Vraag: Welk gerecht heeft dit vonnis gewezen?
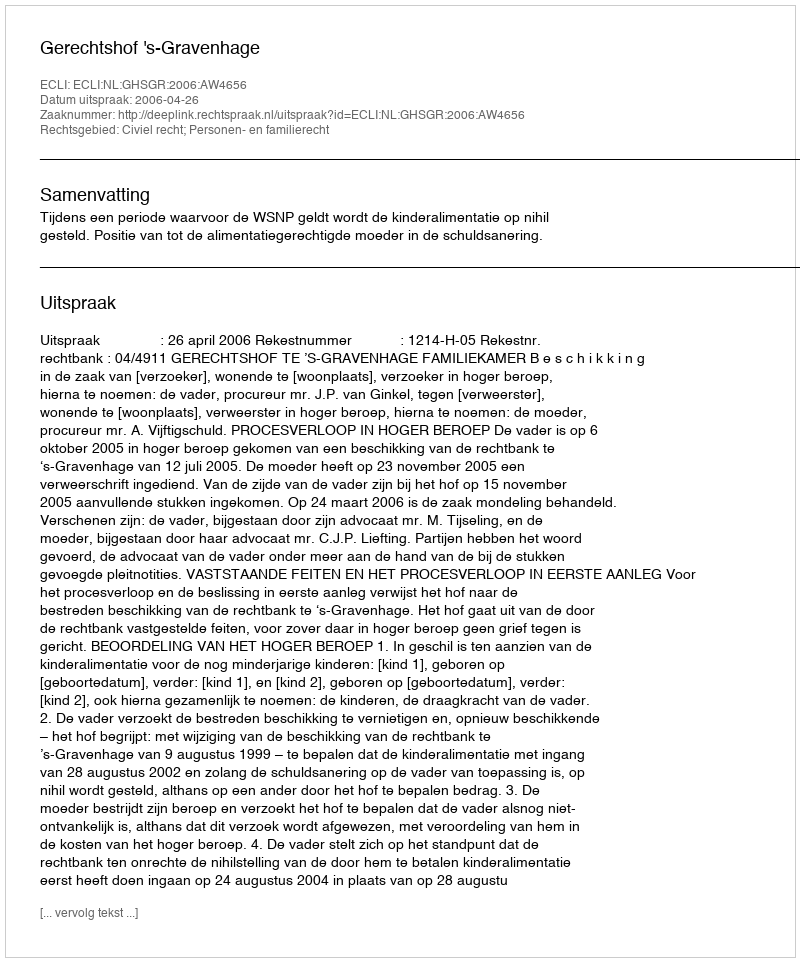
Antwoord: Gerechtshof 's-Gravenhage